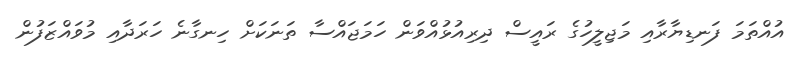
އުއްތަމަ ފަނޑިޔާރާއި މަޖިލީހުގެ ރައީސް ދިރިއުޅުއްވަން ހަމަޖައްސާ ތަނަކަށް ހިނގާނެ ހަރަދާއި މުވައްޒަފުން